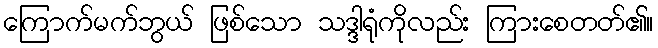
ကြောက်မက်ဘွယ် ဖြစ်သော သဒ္ဒါရုံကိုလည်း ကြားစေတတ်၏။